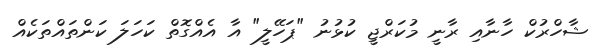
ޝާހްރުކް ހާނާއި ރާނީ މުކަރްޖީ ކުޅުނު "ޕަހޭލީ" އާ އެއްގޮތް ކަހަލަ ކަންތައްތަކެއް